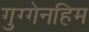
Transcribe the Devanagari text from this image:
गुग्गेनहिम